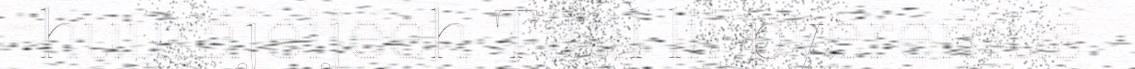
huurájeijeeh Tääl lii pyeremus